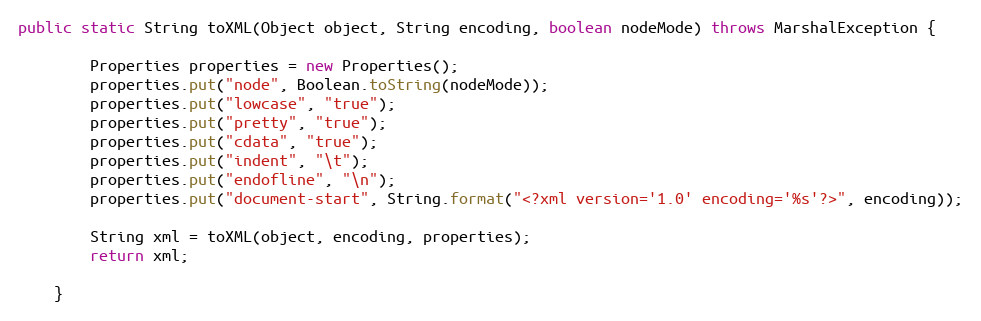
Language: Java
public static String toXML(Object object, String encoding, boolean nodeMode) throws MarshalException {

		Properties properties = new Properties();
		properties.put("node", Boolean.toString(nodeMode));
		properties.put("lowcase", "true");
		properties.put("pretty", "true");
		properties.put("cdata", "true");
		properties.put("indent", "\t");
		properties.put("endofline", "\n");
		properties.put("document-start", String.format("<?xml version='1.0' encoding='%s'?>", encoding));

		String xml = toXML(object, encoding, properties);
		return xml;

	}